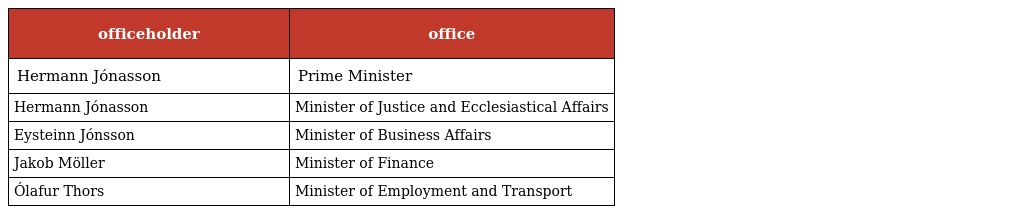
| officeholder | office |
 | --- | --- |
 | Hermann Jónasson | Prime Minister |
 | Hermann Jónasson | Minister of Justice and Ecclesiastical Affairs |
 | Eysteinn Jónsson | Minister of Business Affairs |
 | Jakob Möller | Minister of Finance |
 | Ólafur Thors | Minister of Employment and Transport |